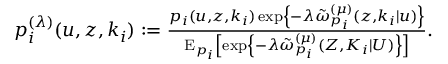
\begin{array} { r l } & { p _ { i } ^ { ( \lambda ) } ( u , { z } , k _ { i } ) : = \frac { p _ { i } ( u , { z } , k _ { i } ) \exp \left\{ - \lambda \tilde { \omega } _ { p _ { i } } ^ { ( \mu ) } ( z , k _ { i } | u ) \right\} } { \mathrm { E } _ { p _ { i } } \left[ \exp \left\{ - \lambda \tilde { \omega } _ { p _ { i } } ^ { ( \mu ) } ( { Z } , K _ { i } | U ) \right\} \right] } . } \end{array}